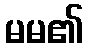
မမ၏